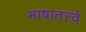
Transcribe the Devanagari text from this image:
भाषातत्त्वे